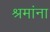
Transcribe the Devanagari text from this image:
श्रमांना